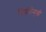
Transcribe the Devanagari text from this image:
निर्यातोन्मुखी